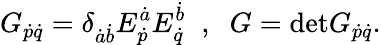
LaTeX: G_{\dot{p}\dot{q}}=\delta_{\dot{a}\dot{b}}E_{\dot{p}}^{\dot{a}}E_{\dot{q}}^{\dot{b}}\; \; ,\; \; G=\mathrm{det}G_{\dot{p}\dot{q}}.